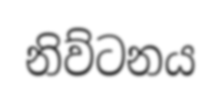
නිව්ටනය